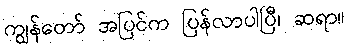
ကျွန်တော် အပြင်က ပြန်လာပါပြီ၊ ဆရာ။